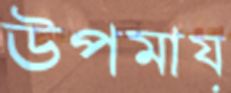
উপমায়